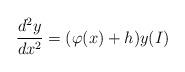
LaTeX: \begin{align*}\dfrac{d^2 y}{dx^2}= (\varphi(x) + h)y (I)\end{align*}